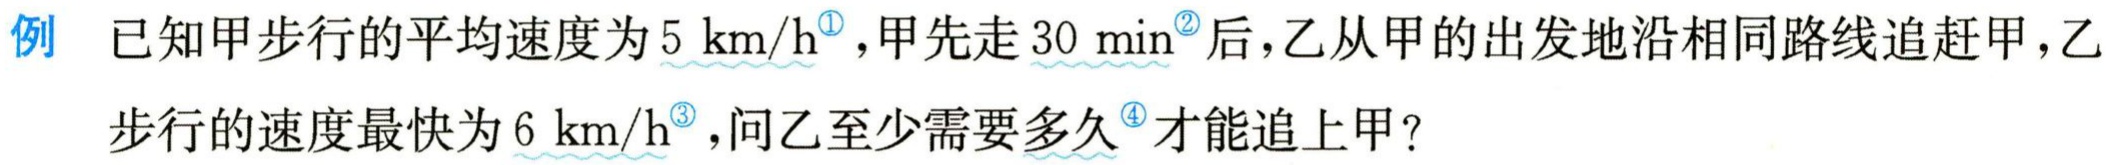
例 已知甲步行的平均速度为\(5 \text{ km/h}^{\circled{1}}\)，甲先走\(30 \text{ min}^{\circled{2}}\)后，乙从甲的出发地沿相同路线追赶甲，乙步行的速度最快为\(6 \text{ km/h}^{\circled{3}}\)，问乙至少需要多久\(^{\circled{4}}\)才能追上甲？